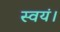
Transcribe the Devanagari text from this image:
स्वयं।